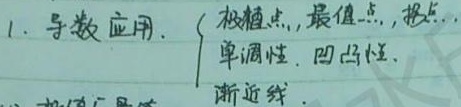
1. 导数应用.
\(\begin{cases}
\text{极值点，最值点，拐点...}\\
\text{单调性，凹凸性.}\\
\text{渐近线.}
\end{cases}\)